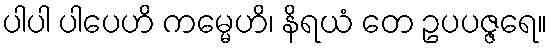
ပါပါ ပါပေဟိ ကမ္မေဟိ၊ နိရယံ တေ ဥပပဇ္ဇရေ။